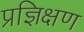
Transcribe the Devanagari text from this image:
प्रज्ञिक्षण